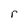
Character: r